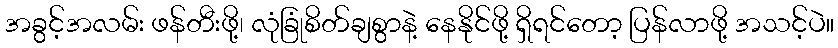
အခွင့်အလမ်း ဖန်တီးဖို့၊ လုံခြုံစိတ်ချစွာနဲ့ နေနိုင်ဖို့ ရှိရင်တော့ ပြန်လာဖို့ အသင့်ပဲ။